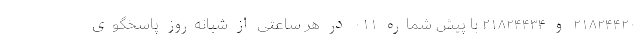
۲۱۸۲۴۴۲۰ و ۲۱۸۲۴۴۳۴ با پیش شماره ۰۱۱ در هر ساعتی از شبانه‌روز پاسخگوی